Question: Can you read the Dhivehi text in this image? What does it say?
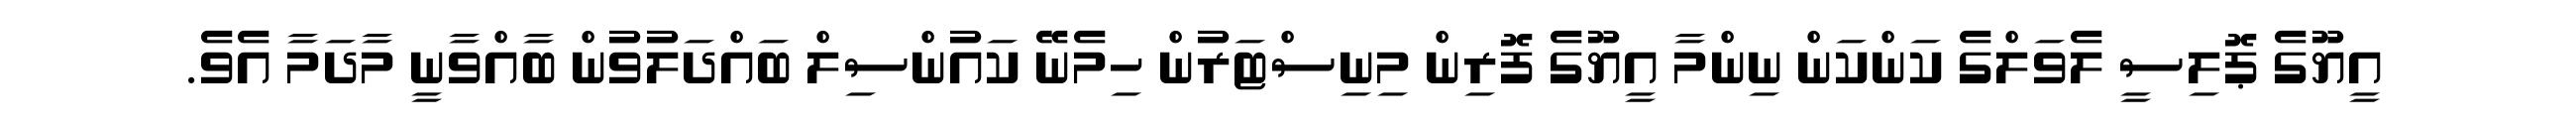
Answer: އީޔޫގެ ޕޮލިސީ ލެވަލްގެ ކަންކަން ނިންމާ އީޔޫގެ ފޮރިން މިނިސްޓަރުން ހިމެނޭ ކައުންސިލް ބައްދަލުވުން ބާއްވާނީ މާދަމާ އެވެ.